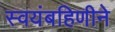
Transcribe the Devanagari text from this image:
स्वयंबहिणीने